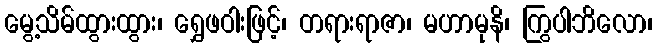
မွေ့သိမ်ထွားထွား၊ ရွှေဖဝါးဖြင့်၊ တရားရာဇာ၊ မဟာမုနိ၊ ကြွပါဘိလော၊